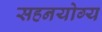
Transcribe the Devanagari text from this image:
सहनयोग्य